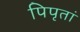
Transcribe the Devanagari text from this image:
पिपृतां